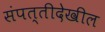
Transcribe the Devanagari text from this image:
संपत्तीदेखील